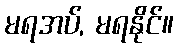
မရအပ်, မရနိုင်။